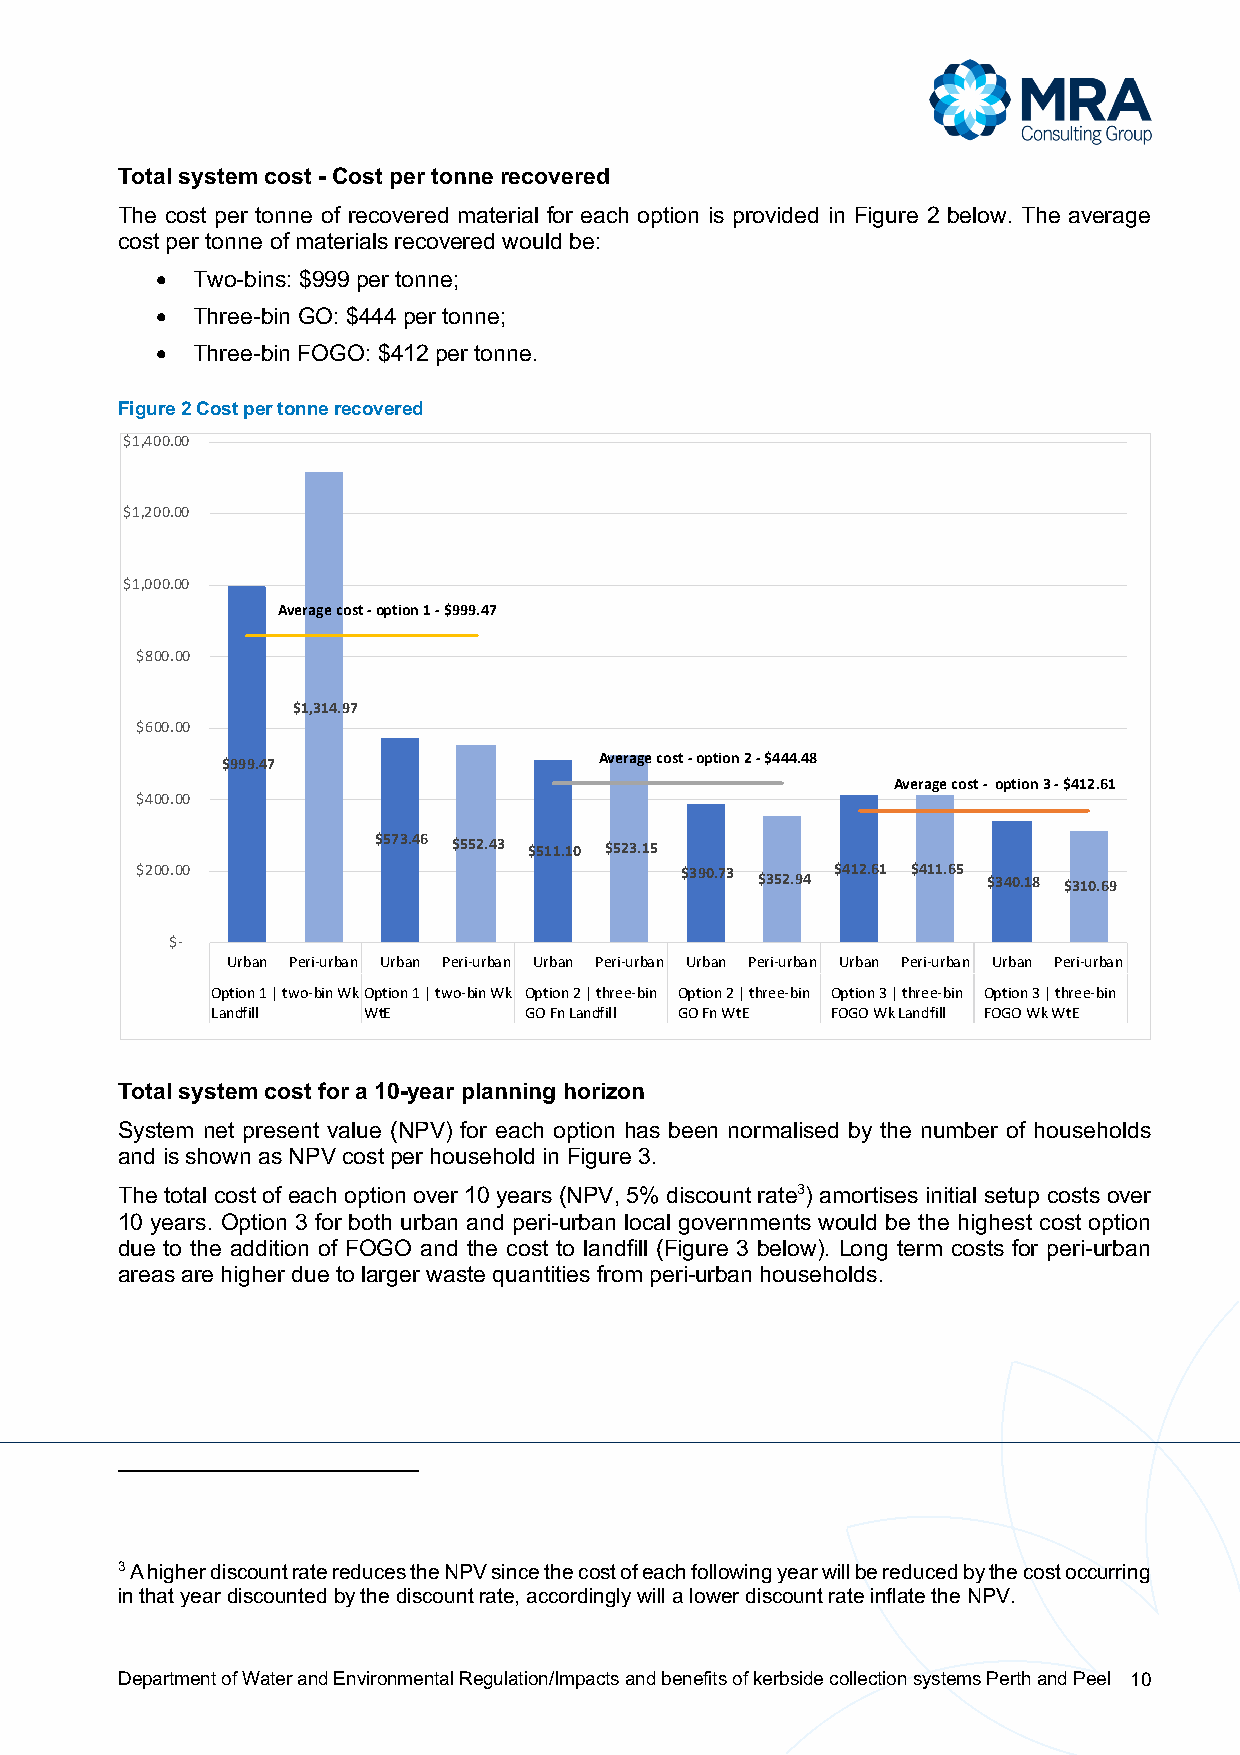
Total system cost - Cost per tonne recovered
 The cost per tonne of recovered material for each option is provided in Figure 2 below. The average
 cost per tonne of materials recovered would be:
 •  Two-bins: $999 per tonne;
 •  Three-bin GO: $444 per tonne;
 •  Three-bin FOGO: $412 per tonne.
 Figure 2 Cost per tonne recovered
 $1,400.00
 $1,200.00
 $1,000.00
 Average cost -option 1 -$999.47
 $800.00
 $1,314.97
 $600.00
 $999.47                  Average cost -option 2 -$444.48
 Average cost - option 3 -$412.61
 $400.00
 $573.46 $552.43 $511.10 $523.15
 $200.00                             $390.73 $352.94 $412.61 $411.65 $340.18 $310.69
 $-
 Urban Peri-urban Urban Peri-urban Urban Peri-urban Urban Peri-urban Urban Peri-urban Urban Peri-urban
 Option 1 | two-bin WkOption 1 | two-bin Wk Option 2 | three-bin Option 2 | three-bin Option 3 | three-bin Option 3 | three-bin
 Landfill  WtE        GO Fn Landfill GO Fn WtE FOGO Wk Landfill FOGO Wk WtE
 Total system cost for a 10-year planning horizon
 System net present value (NPV) for each option has been normalised by the number of households
 and is shown as NPV cost per household in Figure 3.
 The total cost of each option over 10 years (NPV, 5% discount rate3) amortises initial setup costs over
 10 years. Option 3 for both urban and peri-urban local governments would be the highest cost option
 due to the addition of FOGO and the cost to landfill (Figure 3 below). Long term costs for peri-urban
 areas are higher due to larger waste quantities from peri-urban households.
 3 A higher discount rate reduces the NPV since the cost of each following year will be reduced by the cost occurring
 in that year discounted by the discount rate, accordingly will a lower discount rate inflate the NPV.
 Department of Water and Environmental Regulation/Impacts and benefits of kerbside collection systems Perth and Peel 10